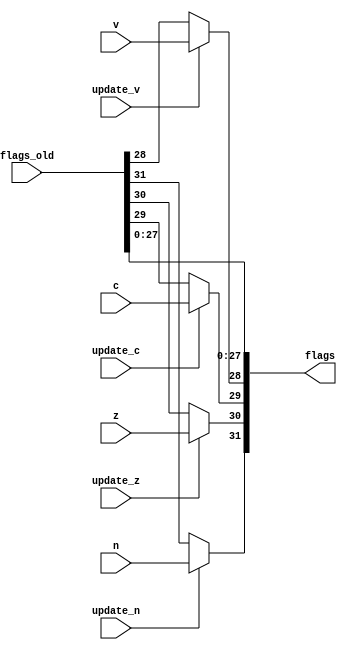
`define BIT_SIZE 32

module Flag_Updater (input wire  z, n, v, c, update_z, update_n, update_v, update_c, input wire [`BIT_SIZE-1:0] flags_old, output reg [`BIT_SIZE-1:0] flags) ;

	always @(*) begin
		flags[`BIT_SIZE-5:0] = flags_old[`BIT_SIZE-5:0];
		flags[`BIT_SIZE-1] = (update_n == 1)? n : flags_old[`BIT_SIZE-1];
		flags[`BIT_SIZE-2] = (update_z == 1)? z : flags_old[`BIT_SIZE-2];
		flags[`BIT_SIZE-3] = (update_c == 1)? c : flags_old[`BIT_SIZE-3];
		flags[`BIT_SIZE-4] = (update_v == 1)? v : flags_old[`BIT_SIZE-4];
	end

endmodule